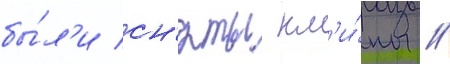
бы́л'и сн'яты кл'и́пы //